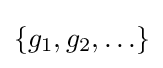
\{g_{1},g_{2},\ldots \}